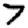
Digit: 7